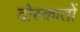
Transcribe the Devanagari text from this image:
दोस्कातों